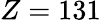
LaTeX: Z=131